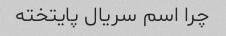
چرا اسم سریال پایتخته